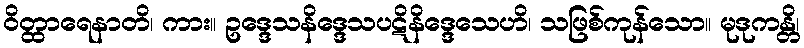
ဝိတ္ထာရေနာတိ၊ ကား။ ဥဒ္ဒေသနိဒ္ဒေသပဋိနိဒ္ဒေသေဟိ၊ သဖြစ်ကုန်သော။ မုဒုကန္တိ၊